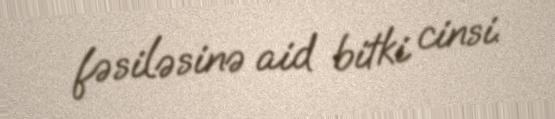
fəsiləsinə aid bitki cinsi.